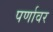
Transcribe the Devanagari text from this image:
पर्णावर